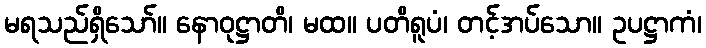
မရသည်ရှိသော်။ နောဝုဋ္ဌာတိ၊ မထ။ ပတိရူပံ၊ တင့်အပ်သော။ ဥပဋ္ဌာကံ၊